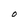
Character: O